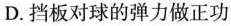
D.挡板对球的弹力做正功